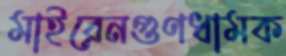
মাইরেনগুণধামক